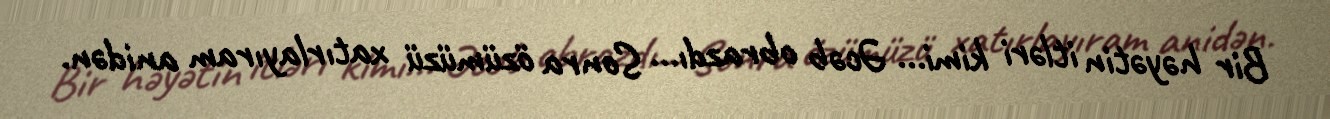
Bir həyətin itləri kimi... Əcəb obrazdı... Sonra özümüzü xatırlayıram anidən.